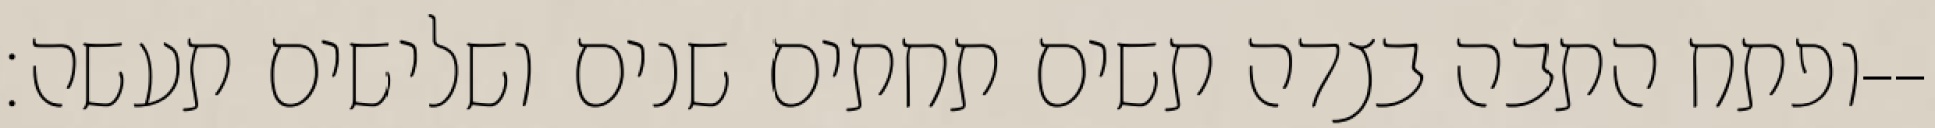
ופתח התבה בצדה תשים תחתים שנים ושלישים תעשה׃--